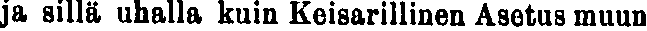
ja sillä uhalla kuin Keisarillinen Asetus muun